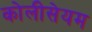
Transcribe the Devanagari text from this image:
कोलीसेयम